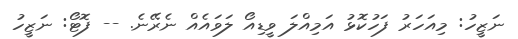
ނަޒީހު: މިއަހަރު ފަހުކޮޅު އަމިއްލަ ވީޑިއޯ ލަވައެއް ނެރޭނެ. -- ފޮޓޯ: ނަޒީހު